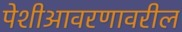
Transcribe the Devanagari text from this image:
पेशीआवरणावरील